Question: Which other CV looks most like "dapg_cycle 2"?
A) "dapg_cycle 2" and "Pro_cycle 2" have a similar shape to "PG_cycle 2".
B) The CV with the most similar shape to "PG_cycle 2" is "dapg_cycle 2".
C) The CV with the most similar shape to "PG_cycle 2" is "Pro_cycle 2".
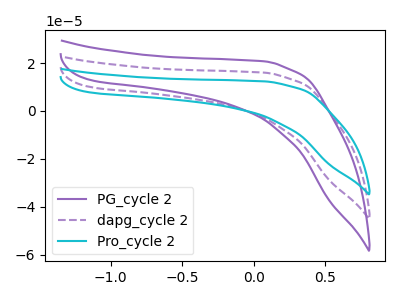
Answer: <think>The purple curve "PG_cycle 2" has no peaks. The purple dashed curve "dapg_cycle 2" has no peaks. The cyan curve "Pro_cycle 2" has no peaks.
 Neither "PG_cycle 2" or "dapg_cycle 2" have any peaks. Neither "PG_cycle 2" or "Pro_cycle 2" have any peaks. Neither "dapg_cycle 2" or "Pro_cycle 2" have any peaks.</think>
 <answer>A) "dapg_cycle 2" and "Pro_cycle 2" have a similar shape to "PG_cycle 2".</answer>
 <eval>A</eval>